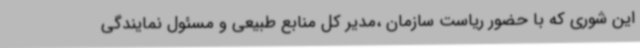
این شوری که با حضور ریاست سازمان ،مدیر کل منابع طبیعی و مسئول نمایندگی